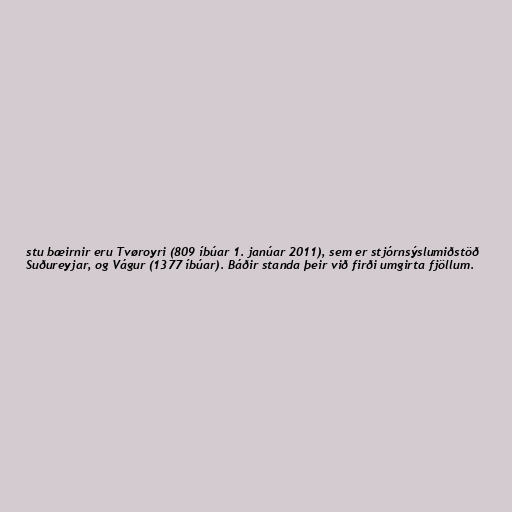
stu bæirnir eru Tvøroyri (809 íbúar 1. janúar 2011), sem er stjórnsýslumiðstöð
Suðureyjar, og Vágur (1377 íbúar). Báðir standa þeir við firði umgirta fjöllum.